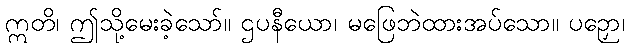
ဣတိ၊ ဤသို့မေးခဲ့သော်။ ဌပနီယော၊ မဖြေဘဲထားအပ်သော။ ပဉှော၊